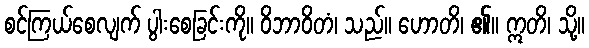
စင်ကြယ်စေလျက် ပွါးစေခြင်းကို။ ဝိဘာဝိတံ၊ သည်။ ဟောတိ၊ ၏။ ဣတိ၊ သို့။